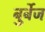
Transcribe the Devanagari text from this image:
बुर्बेज